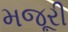
મજૂરી